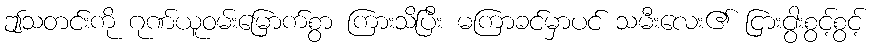
ဤသတင်းကို ဂုဏ်ယူဝမ်းမြောက်စွာ ကြားသိပြီး မကြာခင်မှာပင် သမီးလေး၏ ငြားငွားစွင့်စွင့်